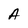
Character: A